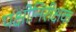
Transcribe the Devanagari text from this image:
पक्षीनिरीक्षक